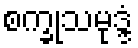
စက္ခုသမုဒ္ဒံ